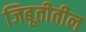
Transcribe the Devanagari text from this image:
जिबूतीतील